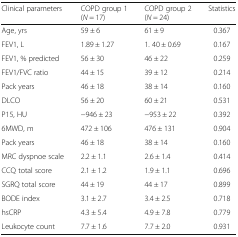
<table><thead><tr><td><b>Clinical parameters</b></td><td><b>COPD group 1(<i>N</i> = 17)</b></td><td><b>COPD group 2(<i>N</i> = 24)</b></td><td><b>Statistics</b></td></tr></thead><tbody><tr><td>Age, yrs</td><td>59 ± 6</td><td>61 ± 9</td><td>0.367</td></tr><tr><td>FEV1, L</td><td>1.89 ± 1.27</td><td>1. 40 ± 0.69</td><td>0.167</td></tr><tr><td>FEV1, % predicted</td><td>56 ± 30</td><td>46 ± 22</td><td>0.259</td></tr><tr><td>FEV1/FVC ratio</td><td>44 ± 15</td><td>39 ± 12</td><td>0.214</td></tr><tr><td>Pack years</td><td>46 ± 18</td><td>38 ± 14</td><td>0.160</td></tr><tr><td>DLCO</td><td>56 ± 20</td><td>60 ± 21</td><td>0.531</td></tr><tr><td>P15, HU</td><td>−946 ± 23</td><td>−953 ± 22</td><td>0.392</td></tr><tr><td>6MWD, m</td><td>472 ± 106</td><td>476 ± 131</td><td>0.904</td></tr><tr><td>Pack years</td><td>46 ± 18</td><td>38 ± 14</td><td>0.160</td></tr><tr><td>MRC dyspnoe scale</td><td>2.2 ± 1.1</td><td>2.6 ± 1.4</td><td>0.414</td></tr><tr><td>CCQ total score</td><td>2.1 ± 1.2</td><td>1.9 ± 1.1</td><td>0.696</td></tr><tr><td>SGRQ total score</td><td>44 ± 19</td><td>44 ± 17</td><td>0.899</td></tr><tr><td>BODE index</td><td>3.1 ± 2.7</td><td>3.4 ± 2.5</td><td>0.718</td></tr><tr><td>hsCRP</td><td>4.3 ± 5.4</td><td>4.9 ± 7.8</td><td>0.779</td></tr><tr><td>Leukocyte count</td><td>7.7 ± 1.6</td><td>7.7 ± 2.0</td><td>0.931</td></tr></tbody></table>